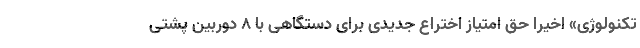
تکنولوژی» اخیرا حق امتیاز اختراع جدیدی برای دستگاهی با ۸ دوربین پشتی